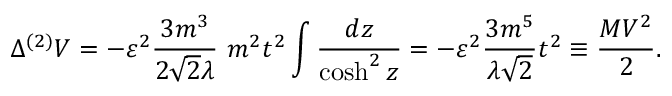
\Delta ^ { ( 2 ) } { \cal V } = - \varepsilon ^ { 2 } \frac { 3 m ^ { 3 } } { 2 { \sqrt { 2 } } \lambda } ~ m ^ { 2 } t ^ { 2 } \int \frac { d z } { \cosh ^ { 2 } z } = - \varepsilon ^ { 2 } \frac { 3 m ^ { 5 } } { \lambda { \sqrt 2 } } t ^ { 2 } \equiv \frac { M V ^ { 2 } } { 2 } .